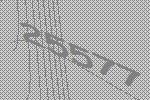
25577